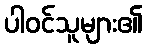
ပါဝင်သူများ၏